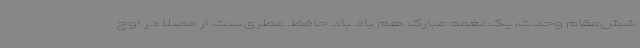
شش‌مقام وحدت، یک نغمه مبارک هم باد باد حافظ. عطری‌ست از مصلا در اوج